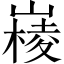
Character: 𡼹